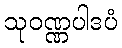
သုဝဏ္ဏပါဒပံ